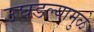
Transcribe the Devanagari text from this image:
उघडल्यामुळे